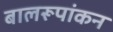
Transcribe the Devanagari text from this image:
बालरूपांकन